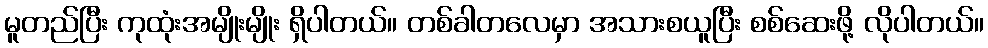
မူတည်ပြီး ကုထုံးအမျိုးမျိုး ရှိပါတယ်။ တစ်ခါတလေမှာ အသားစယူပြီး စစ်ဆေးဖို့ လိုပါတယ်။